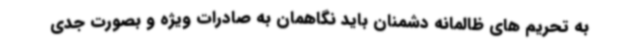
به تحریم های ظالمانه دشمنان باید نگاهمان به صادرات ویژه و بصورت جدی